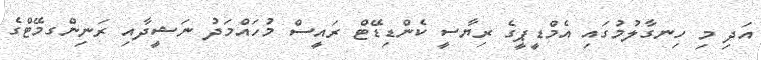
އަދި މި ހިނގާލުމުގައި އެމްޑީޕީގެ ރިޔާސީ ކެންޑިޑޭޓް ރައީސް މުހައްމަދު ނަޝީދާއި ރަނިންގމޭޓްގެ